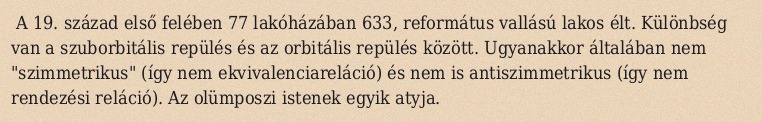
A 19. század első felében 77 lakóházában 633, református vallású lakos élt. Különbség van a szuborbitális repülés és az orbitális repülés között. Ugyanakkor általában nem "szimmetrikus" (így nem ekvivalenciareláció) és nem is antiszimmetrikus (így nem rendezési reláció). Az olümposzi istenek egyik atyja.